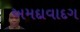
અમદાવાદગ